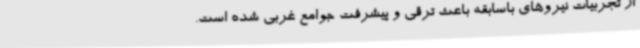
از تجربیات نیروهای باسابقه باعث ترقی و پیشرفت جوامع غربی شده است.